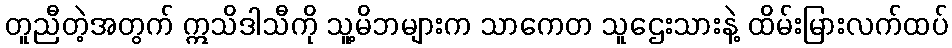
တူညီတဲ့အတွက် ဣသိဒါသီကို သူ့မိဘများက သာကေတ သူဌေးသားနဲ့ ထိမ်းမြားလက်ထပ်